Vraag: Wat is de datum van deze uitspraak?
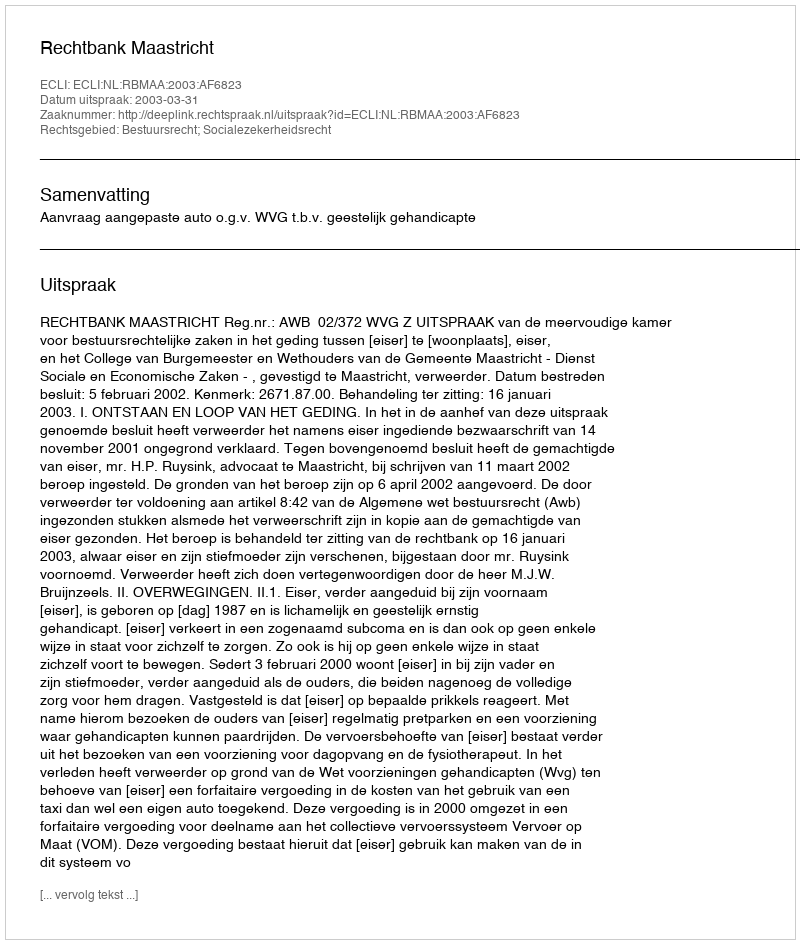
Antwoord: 2003-03-31